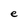
Character: e